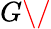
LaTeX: G\/